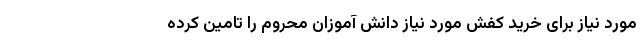
مورد نیاز برای خرید کفش مورد نیاز دانش آموزان محروم را تامین کرده